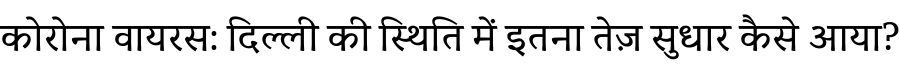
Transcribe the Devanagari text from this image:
कोरोना वायरस: दिल्ली की स्थिति में इतना तेज़ सुधार कैसे आया?